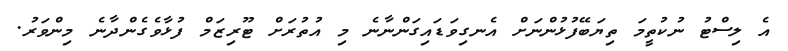
އެ ލިސްޓު ނުކުތީމަ ތިޔަބޭފުޅުންނަށް އެނގިވަޑައިގަންނާނެ މި އުތުރަށް ޓޫރިޒަމް ފުޅާވެގެންދާނެ މިންވަރު.